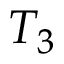
T _ { 3 }